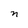
Character: n